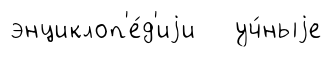
энциклоп'е́д'иjи уч́ныjе